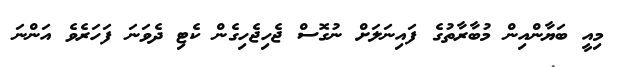
މިއީ ބަޔާންއިން މުބާރާތުގެ ފައިނަލަށް ނުގޮސް ޖެހިޖެހިގެން ކެޓި ދެވަނަ ފަހަރެވެ އަންނަ